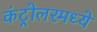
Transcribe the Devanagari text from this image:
कंट्रोलरमध्ये